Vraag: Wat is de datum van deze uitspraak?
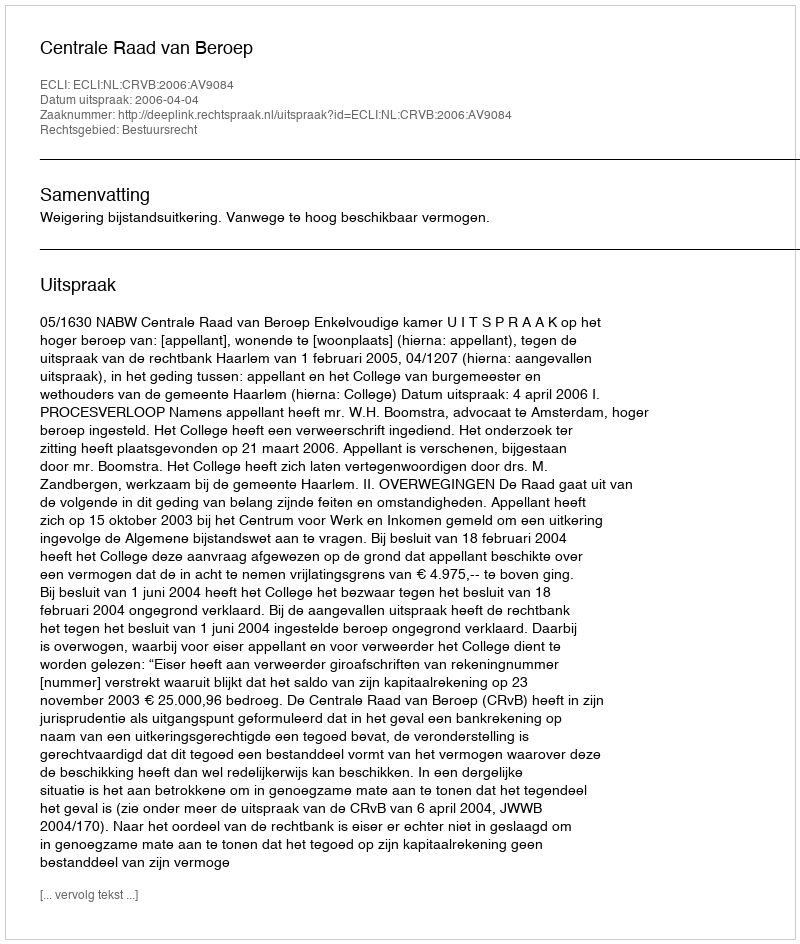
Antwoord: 2006-04-04